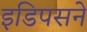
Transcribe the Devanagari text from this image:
इडिपसने